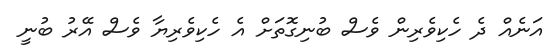
އަނެއް ދެ ހެކިވެރިން ވެސް ބުނިގޮތަށް އެ ހެކިވެރިޔާ ވެސް އޭރު ބުނީ